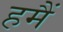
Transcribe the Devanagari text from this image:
हमैं